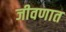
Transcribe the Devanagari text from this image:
जीवणात